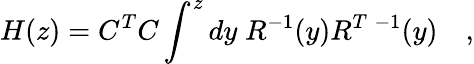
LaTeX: H(z)=C^{T}C\int^{z}dy\; R^{-1}(y)R^{T\; -1}(y)\quad,